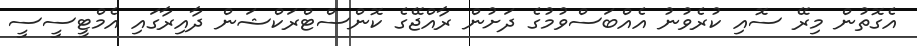
އެގޮތުން މިރޭ ސޮއި ކުރެވުނު އެއްބަސްވުމުގެ ދަށުން ރާއްޖޭގެ ކޮންސްޓްރަކްޝަން ދާއިރާގައި އެމްޓީސީސީ